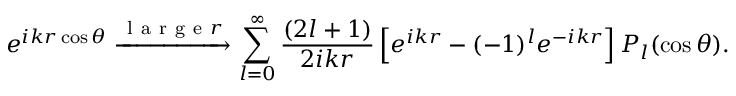
e ^ { i k r \cos \theta } \xrightarrow { \mathrm { ~ l ~ a ~ r ~ g ~ e ~ } r } \sum _ { l = 0 } ^ { \infty } \frac { ( 2 l + 1 ) } { 2 i k r } \left[ e ^ { i k r } - ( - 1 ) ^ { l } e ^ { - i k r } \right] P _ { l } ( \cos \theta ) .